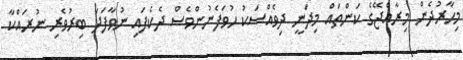
މިހާރުދެން މިރާއްޖޭގެ ކަންތައް މިދަނީ ދިވެއްސަކު ހުވަފެނުންވެސް ދެކެފައި ނުވާފަދަ ބިރުވެރި ނުރައްކާ